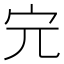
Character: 𡧉